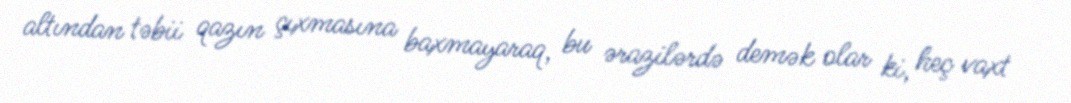
altından təbii qazın çıxmasına baxmayaraq, bu ərazilərdə demək olar ki, heç vaxt